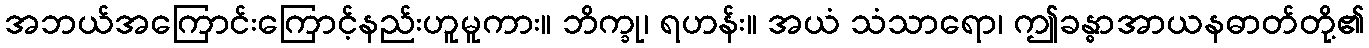
အဘယ်အကြောင်းကြောင့်နည်းဟူမူကား။ ဘိက္ခု၊ ရဟန်း။ အယံ သံသာရော၊ ဤခန္ဓာအာယနဓာတ်တို့၏